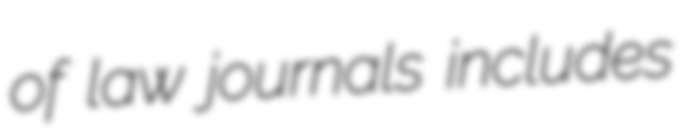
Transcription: of law journals includes